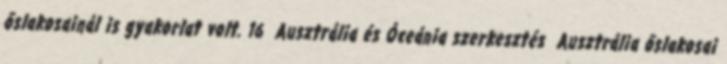
őslakosainál is gyakorlat volt. 16 Ausztrália és Óceánia szerkesztés Ausztrália őslakosai